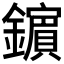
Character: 𨮘